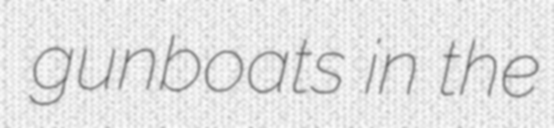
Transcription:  gunboats in the